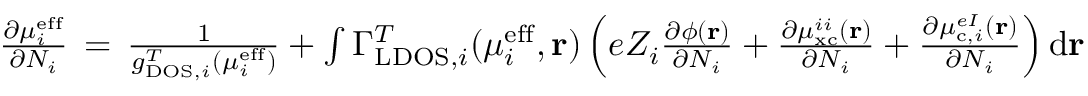
\begin{array} { r } { \frac { \partial \mu _ { i } ^ { \mathrm { e f f } } } { \partial N _ { i } } \, = \, \frac { 1 } { g _ { \mathrm { D O S } , i } ^ { T } ( \mu _ { i } ^ { \mathrm { e f f } } ) } + \int \Gamma _ { \mathrm { L D O S } , i } ^ { T } ( \mu _ { i } ^ { \mathrm { e f f } } , \mathbf { r } ) \left( e Z _ { i } \frac { \partial \phi ( \mathbf { r } ) } { \partial N _ { i } } + \frac { \partial \mu _ { \mathrm { x c } } ^ { i i } ( \mathbf { r } ) } { \partial N _ { i } } + \frac { \partial \mu _ { \mathrm { c } , i } ^ { e I } ( \mathbf { r } ) } { \partial N _ { i } } \right) \mathrm { d } \mathbf { r } } \end{array}